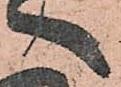
へ